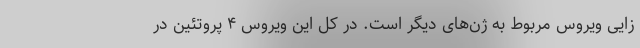
زایی ویروس مربوط به ژن‌های دیگر است. در کل این ویروس ۴ پروتئین در